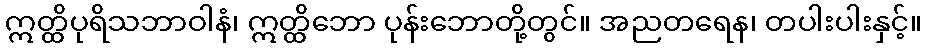
ဣတ္ထိပုရိသဘာဝါနံ၊ ဣတ္ထိဘော ပုန်းဘောတို့တွင်။ အညတရေန၊ တပါးပါးနှင့်။